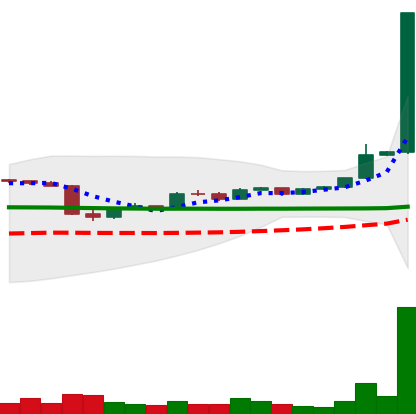
Ticker: LTC-USD
Chart end date: 2015-06-16
Forward return: 5.068%
Label: up_5_7